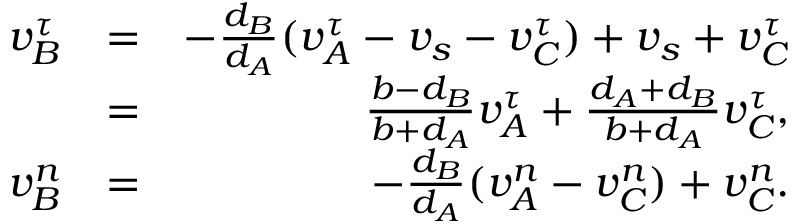
\begin{array} { r l r } { v _ { B } ^ { \tau } } & { = } & { - \frac { d _ { B } } { d _ { A } } ( v _ { A } ^ { \tau } - v _ { s } - v _ { C } ^ { \tau } ) + v _ { s } + v _ { C } ^ { \tau } } \\ & { = } & { \frac { b - d _ { B } } { b + d _ { A } } v _ { A } ^ { \tau } + \frac { d _ { A } + d _ { B } } { b + d _ { A } } v _ { C } ^ { \tau } , } \\ { v _ { B } ^ { n } } & { = } & { - \frac { d _ { B } } { d _ { A } } ( v _ { A } ^ { n } - v _ { C } ^ { n } ) + v _ { C } ^ { n } . } \end{array}